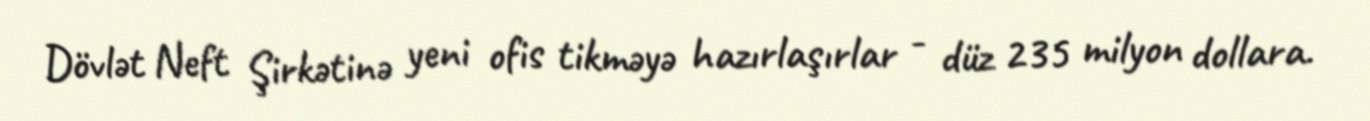
Dövlət Neft Şirkətinə yeni ofis tikməyə hazırlaşırlar - düz 235 milyon dollara.